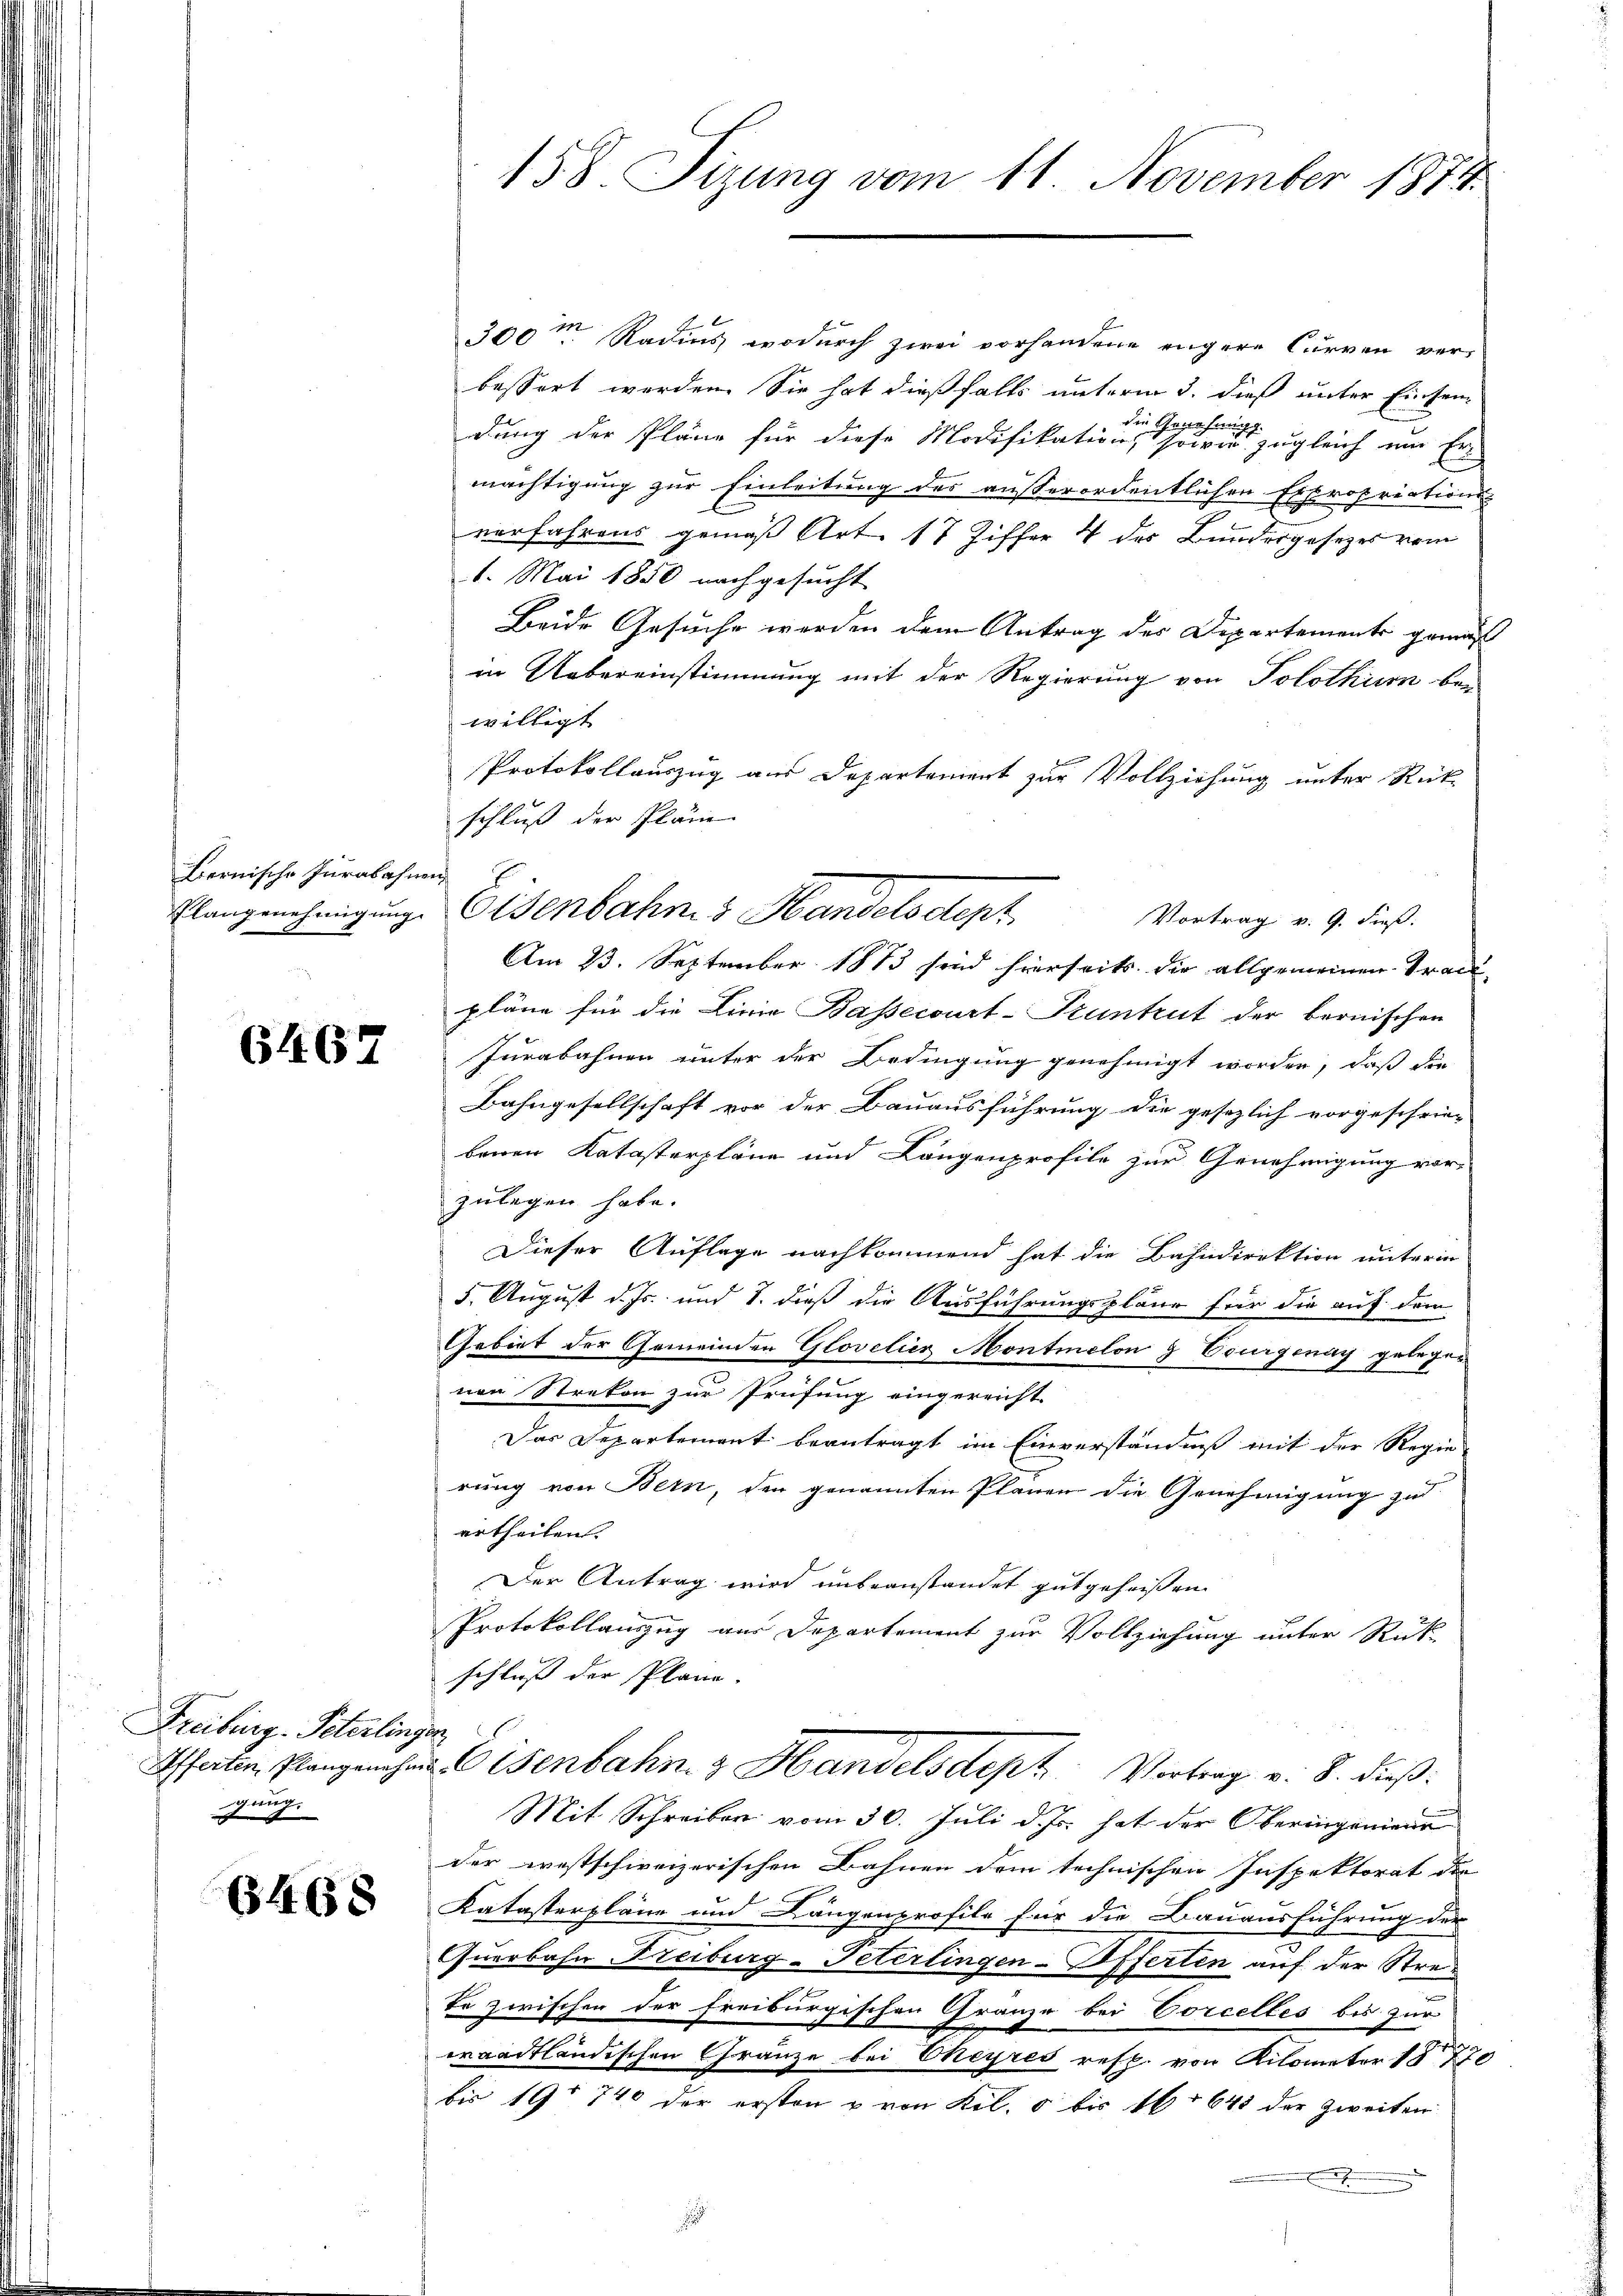
Bernische Jurabahnen,
Plangenehmigung.

6467

Freiburg - Peterlinge
Offerten, Plangenehme
 aug

6468

158. Sizung vom 11 November 1874.

200m Radius, wodurch zwei vorhandene engere Curven verbessert werden. Sie hat dießfalls unterm 3. dieß unter Einsendung der Pläne für diese Modifikation eine er sie eine einen zugleich um Ermächtigung zur Einleitung des ausserordentlichen Expropriations-
5
verfahrens gemäß Art. 17 Ziffer 4 des Bundergesetzes vom
1. Mai 1850 nachgesucht
Beide Gesuche werden dem Antrag der Departements gemäß
in Uebereinstimmung mit der Regierung von Solothur bei
willigt
Protokollauszug aus Departement zur Vollziehung unter Rück-
schluß der Pläne
Eisenbahn 3 Handels Sept.
Vortrag v. 9. Fieß.
Am 23. September 1883 sind hierseits die allgemeinen Tract
pläne für die Linie Bassecourt-Pruntrut der bernischen
Jurabahnen unter der Bedingung genehmigt worden, daß die
Bahngesellschaft vor der Bauausführung die gesezlich vorgeschrie-
benen Katasterpläne und Längenprofile zur Genehmigung vor-
zulegen habe.
Dieser Auflage nachkommend hat die Bahndirektion unterin
5. August d. Js. und 8. dieß die Ausführungsplane für die auf dem
Gebiet der Gemeinden Glovelier Montmelon g Courgenay gelegen
nen Strekon zur Prüfung eingereicht.
Das Departement beantragt im Einverständniß mit der Regie-
rung von Bern, den genannten Planen die Genehmigung zu
ertheilen.
Der Antrag wird unbeanstandet gutgeheißen
Protokollauszug aus Departement zur Vollziehung unter Rück-
schluß der Plane.
2
Eisenbahn z. Handelsdeph. Vortrag v. 8. dieß:
Mit Schreiben vom 30. Juli d. Js. hat der Oberingenien
der westschweizerischen Bahnen dem technischen Inspektorat die
Katasterpläne und Längenprofile für die Bauausführung der
Querbahn Freiburg-Peterlingen-Offerten auf der Strete zwischen der freiburgischen Gränze bei Corcelles bis zur
wraadtländischen Gränze bei Cheyres resp. von Kilometer 18770
bis 19. 740 der ersten u von Kil. 5 bis 16. 643 der Zweiten
.
.